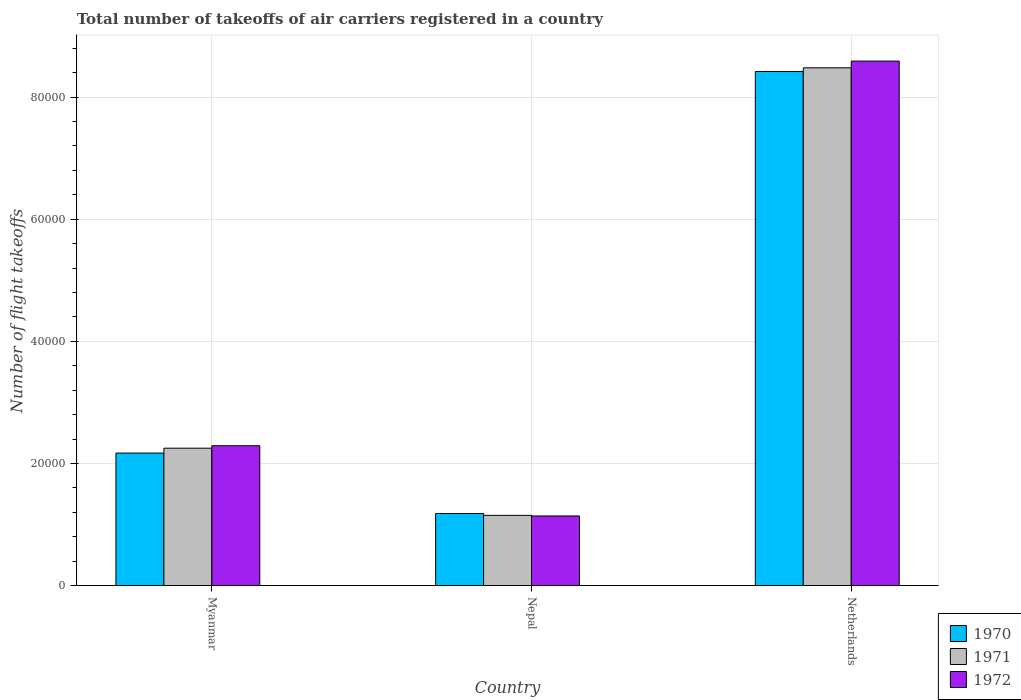
| Country | 1970 | 1971 | 1972 |
 | --- | --- | --- | --- |
 | Myanmar | 2.17e+04 | 2.25e+04 | 2.29e+04 |
 | Nepal | 1.18e+04 | 1.15e+04 | 1.14e+04 |
 | Netherlands | 8.42e+04 | 8.48e+04 | 8.59e+04 |